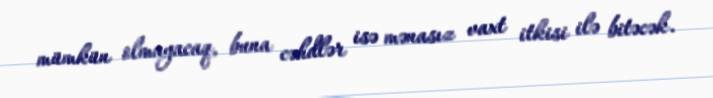
mümkün olmayacaq, buna cəhdlər isə mənasız vaxt itkisi ilə bitəcək.